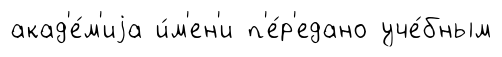
акад'е́м'иjа и́м'ен'и п'е́р'едано уче́бным